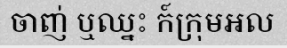
ចាញ់ ឬឈ្នះ ក៍ក្រុមអល